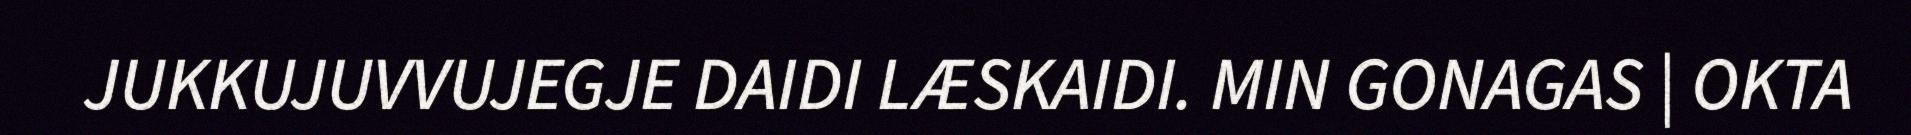
JUKKUJUVVUJEGJE DAIDI LÆSKAIDI. MIN GONAGAS | OKTA